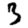
Digit: 3